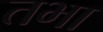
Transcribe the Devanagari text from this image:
तभा